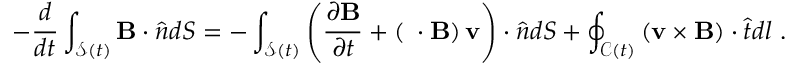
- \frac { d } { d t } \int _ { \mathcal { S } ( t ) } \mathbf { B } \cdot \hat { \boldsymbol { n } } d S = - \int _ { \mathcal { S } ( t ) } \left( \frac { \partial \mathbf { B } } { \partial t } + \left( \mathbf { \nabla } \cdot \mathbf { B } \right) \mathbf { v } \right) \cdot \hat { \boldsymbol { n } } d S + \oint _ { \mathcal { C } ( t ) } \left( \mathbf { v } \times \mathbf { B } \right) \cdot \hat { \boldsymbol { t } } d l ~ .